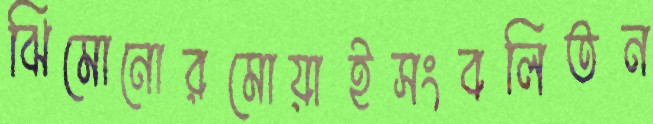
ঝিমোনোরমোয়াইসংবলিতন